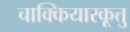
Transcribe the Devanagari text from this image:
चाक्कियारकूत्तु